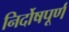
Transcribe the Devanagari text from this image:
निर्दोषपूर्ण